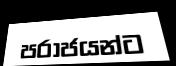
පරාජයන්ට